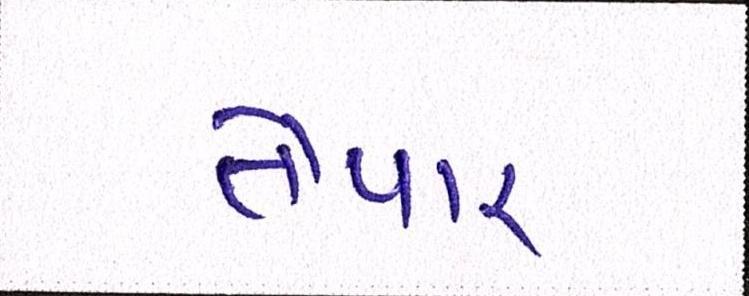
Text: તૈયાર